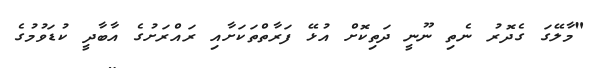
"މާލޭގަ ގެދޮރު ނެތި ނޫނީ ދަތިކޮށް އުޅޭ ފަރާތްތަކަށާއި ރައްރަށުގެ އާބާދީ ކުޑަވުމުގެ